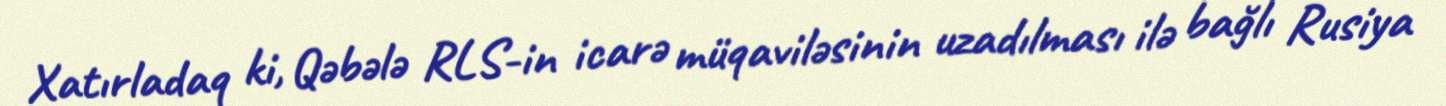
Xatırladaq ki, Qəbələ RLS-in icarə müqaviləsinin uzadılması ilə bağlı Rusiya